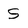
Character: S